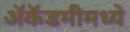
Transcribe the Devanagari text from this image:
अॅकॅडमीमध्ये